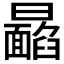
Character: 𩉉